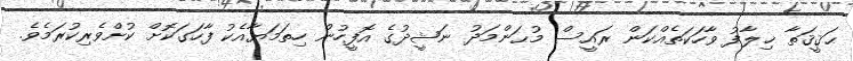
ޙަޤީޤަތާ ޚިލާފު ވާހަކަތެއްކަން ރައީސް މުޙަންމަދު ނަޝީދުގެ އޮފީހުން ހިތަމަޔާއެކު ފާހަގަކޮށް ކުށްވެރިކުރަމެވެ.